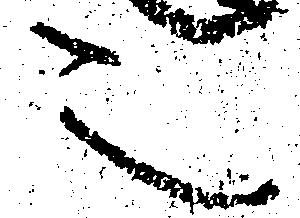
之